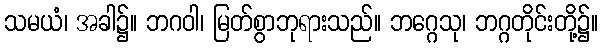
သမယံ၊ အခါ၌။ ဘဂဝါ၊ မြတ်စွာဘုရားသည်။ ဘဂ္ဂေသု၊ ဘဂ္ဂတိုင်းတို့၌။